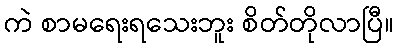
ကဲ စာမရေးရသေးဘူး စိတ်တိုလာပြီ။